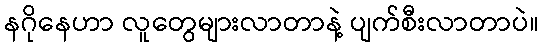
နဂိုနေဟာ လူတွေများလာတာနဲ့ ပျက်စီးလာတာပဲ။